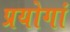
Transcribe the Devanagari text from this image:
प्रयोगां